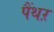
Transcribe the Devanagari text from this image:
पैंथऱ